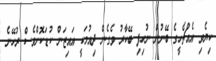
ކިޔެވި އެއްޗެހީގެ ބޭނުން ނުހިފި ބޭކާރު ވެގެން ދިއުމަކީ އައިޒަން ކުޑަކޮށްވެސް ރުހޭނެ